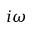
i \omega